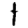
Digit: 1